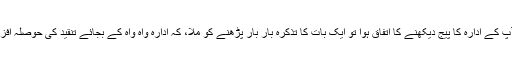
فیس بک پر آپ کے ادارہ کا پیج دیکھنے کا اتفاق ہوا تو ایک بات کا تذکرہ بار بار پڑھنے کو ملا، کہ ادارہ واہ واہ کے بجائے تنقید کی حوصلہ افزائی کرتا ہے۔